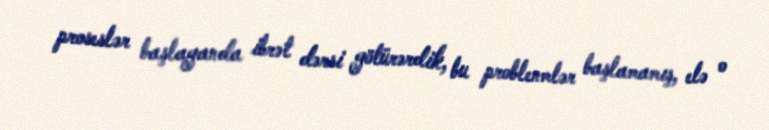
proseslər başlayanda ibrət dərsi götürərdik, bu problenmlər başlamamış, elə o